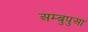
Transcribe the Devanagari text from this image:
अम्बुपुआ